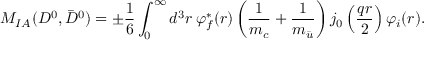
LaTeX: { \cal M } _ { I A } ( D ^ { 0 } , \bar { D } ^ { 0 } ) = \pm \frac { 1 } { 6 } \int _ { 0 } ^ { \infty } d ^ { 3 } r \: \varphi _ { f } ^ { * } ( r ) \left( \frac { 1 } { m _ { c } } + \frac { 1 } { m _ { \bar { u } } } \right) j _ { 0 } \left( \frac { q r } { 2 } \right) \varphi _ { i } ( r ) .